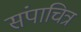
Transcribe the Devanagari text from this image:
संपाचित्र